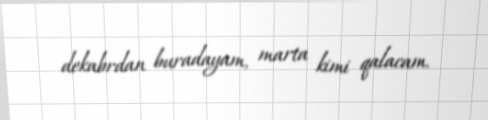
dekabrdan buradayam, marta kimi qalacam.